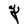
Character: g